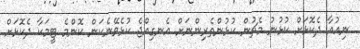
ނިއުއާ ދެކޮޅަށް ކުޅުނު މެޗުން ކުޅުންތެރިންނަށް އެނގިއްޖެ ކުޅެވޭނެކަން ކޮންމެ ޓީމަކާ ދެކޮޅަށް